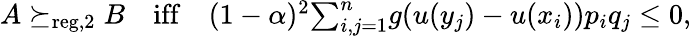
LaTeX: \begin{array}{r}{A\succeq_{\mathrm{reg,2}}B\quad\mathrm{iff}\quad(1-\alpha)^{2}{\sum}_{i,j=1}^{n}g(u(y_{j})-u(x_{i}))p_{i}q_{j}\leq 0,}\end{array}